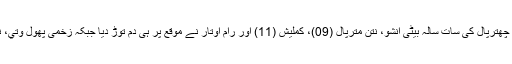
حادثے میں گنگارام کے دو بیٹوں مترپال اور چھتر پال کے علاوہ لیلا دھر کے بیٹے نوین، چھترپال کی سات سالہ بیٹی انشو، نتن مترپال (09)، کملیش (11) اور رام اوتار نے موقع پر ہی دم توڑ دیا جبکہ زخمی پھول وتي، نیلم اور انامیکا کو ضلع اسپتال میں داخل کرا دیا گیا ہے، جہاں ان کی حالات تشویشناک ہے۔